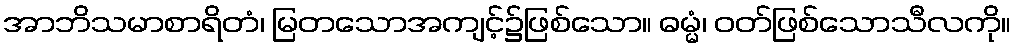
အာဘိသမာစာရိတံ၊ မြတသောအကျင့်၌ဖြစ်သော။ ဓမ္မံ၊ ဝတ်ဖြစ်သောသီလကို။